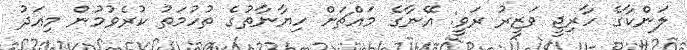
ލަންކާގެ ހާރިޖީ ވަޒީރު ރަވީ: އޭނާގެ މައްޗަށް ހިޔާނާތުގެ ތުހުމަތު ކުރެވުމުން މިއަދު